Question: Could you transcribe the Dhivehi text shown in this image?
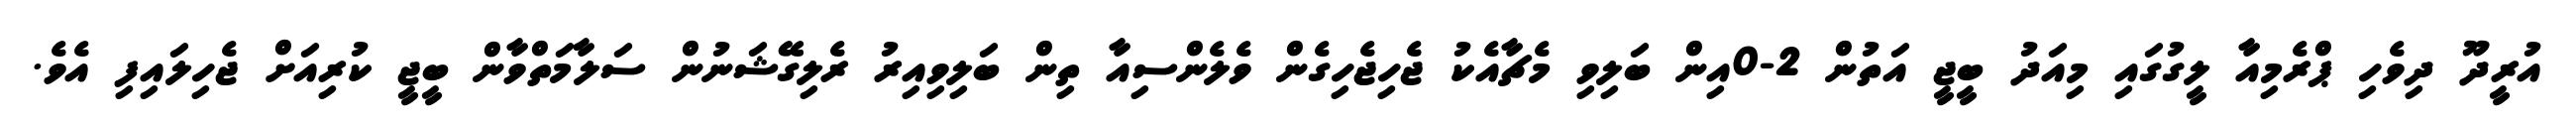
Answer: އުރީދޫ ދިވެހި ޕްރެމިއާ ލީގުގައި މިއަދު ބީޖީ އަތުން 2-0އިން ބަލިވި މެޗާއެކު ޖެހިޖެހިގެން ވެލެންސިއާ ތިން ބަލިވިއިރު ރެލިގޭޝަނުން ސަލާމަތްވާން ބީޖީ ކުރިއަށް ޖެހިލައިފި އެވެ.